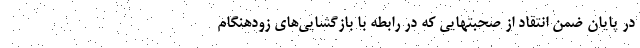
در پایان ضمن انتقاد از صحبتهایی که در رابطه با بازگشایی‌های زودهنگام